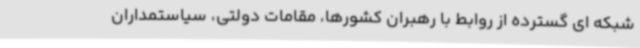
شبکه ای گسترده از روابط با رهبران کشورها، مقامات دولتی، سیاستمداران